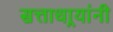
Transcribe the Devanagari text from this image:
सत्ताधार्‍यांनी